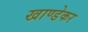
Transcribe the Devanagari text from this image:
खाण्डेकर